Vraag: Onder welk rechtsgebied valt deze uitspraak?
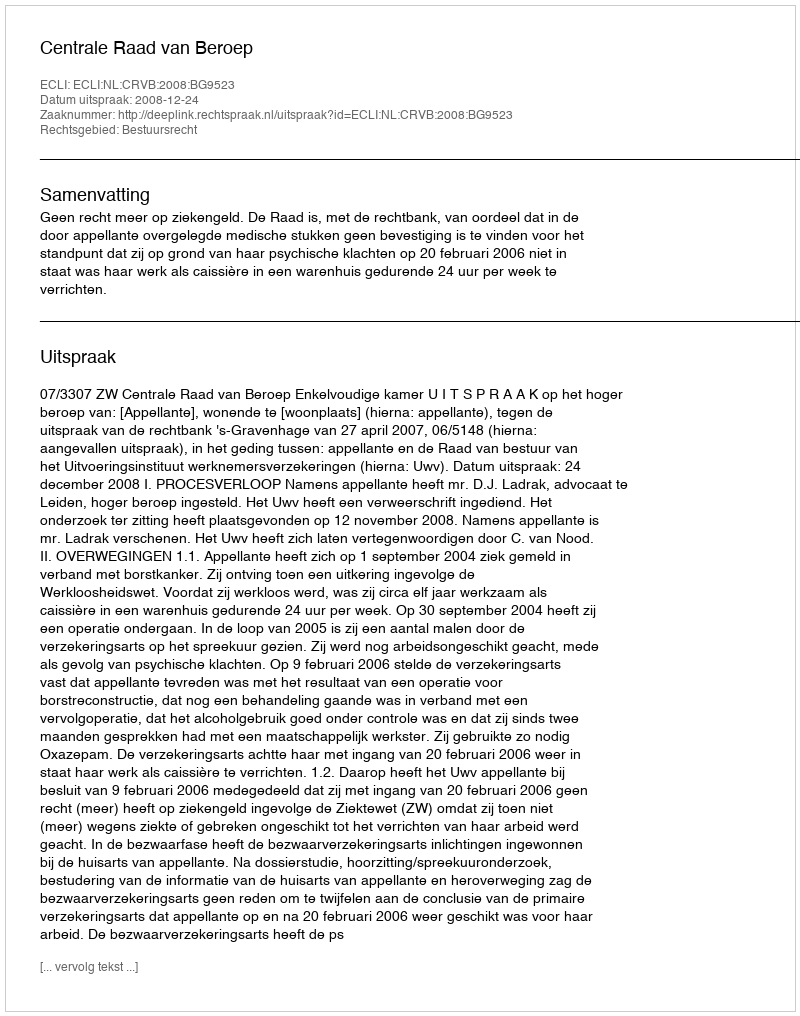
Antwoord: Bestuursrecht